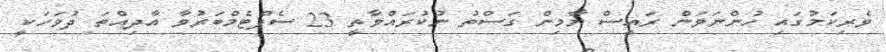
ވެރިކަމުގައި ހުންނަވަން ރައީސް ޔާމިން ގަސްތު ނުކުރައްވާތީ 23 ސެޕްޓެމްބަރުވާ އާދިއްތަ ދުވަހަކީ